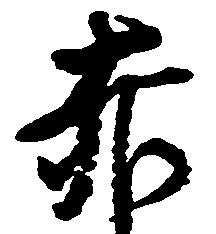
赤